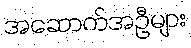
အဆောက်အဦများ